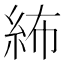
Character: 𥿠